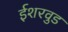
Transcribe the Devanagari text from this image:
ईशरवुड